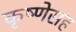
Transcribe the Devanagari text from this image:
कृष्णेसह